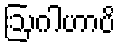
ဩဂါဟာပိ